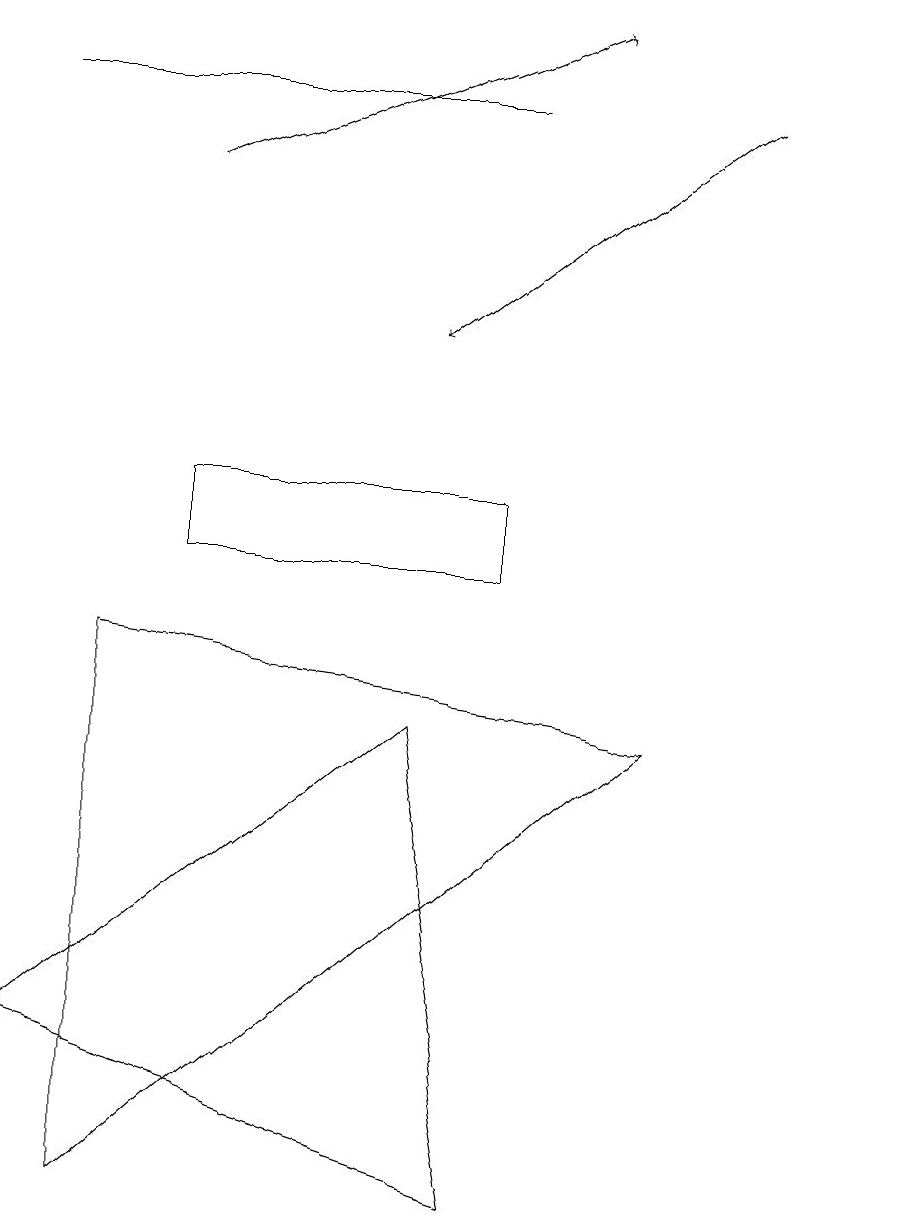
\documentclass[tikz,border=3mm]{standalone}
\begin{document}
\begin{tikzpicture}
\draw (1,9) -- (1,2) -- (8,8) -- cycle;
\draw (6,11) rectangle (2,10);
\draw[->] (9,16) -- (5,13);
\draw (6,16) rectangle (0,16);
\draw (11,11) circle (0);
\draw[->] (2,15) -- (7,17);
\draw (5,8) -- (0,4) -- (6,2) -- cycle;
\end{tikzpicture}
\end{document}